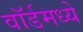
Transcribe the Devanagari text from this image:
वॉर्डमध्ये